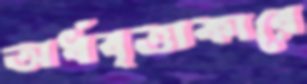
অর্ধবৃত্তাকারে